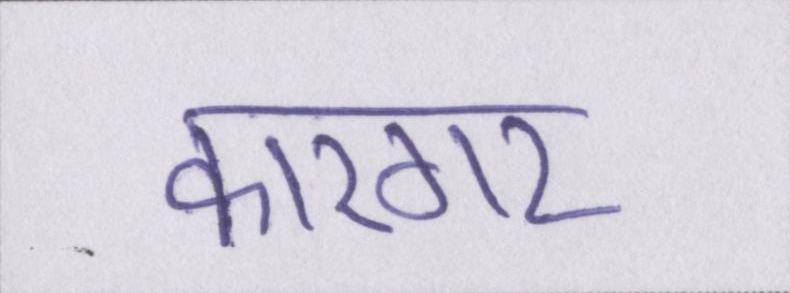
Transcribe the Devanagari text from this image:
कारगर